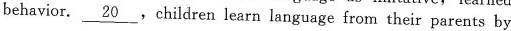
behavior. \underline{20},children learn language from their parents by